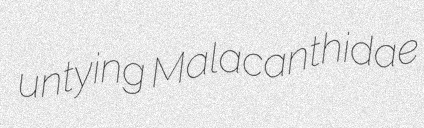
untying Malacanthidae